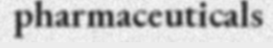
pharmaceuticals